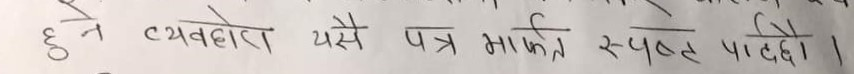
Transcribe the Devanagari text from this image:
हुन व्यवहार यसै पत्र मार्फत स्पष्ट पार्दछो।